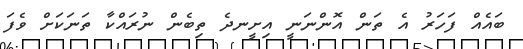
ބައެއް ފަހަރު އެ ތަން އޮންނަނީ އިށީނދެ ތިބެން ނުރައްކާ ތަނަކަށް ވެފަ